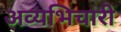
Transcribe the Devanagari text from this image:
अव्यभिचारी